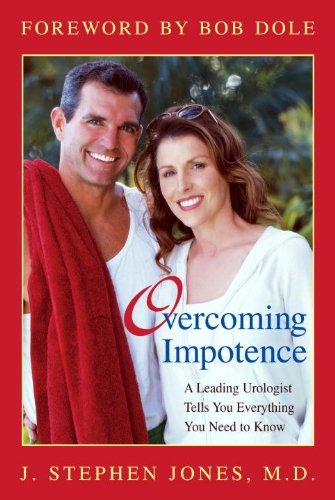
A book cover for Overcoming Impotence: A Leading Urologist Tells You Everything You Need to Know; J Stephen Jones; Parenting & Relationships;